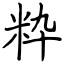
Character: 粋